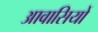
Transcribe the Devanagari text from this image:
आवासियों